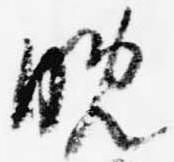
晩